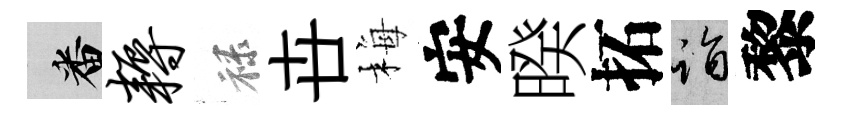
番耨禄卋梅安暌拓诣黎